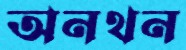
অনথন